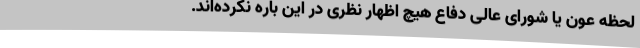
لحظه عون یا شورای عالی دفاع هیچ اظهار نظری در این باره نکرده‌اند.